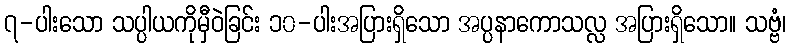
၇-ပါးသော သပ္ပါယကိုမှီဝဲခြင်း ၁၀-ပါးအပြားရှိသော အပ္ပနာကောသလ္လ အပြားရှိသော။ သဗ္ဗံ၊